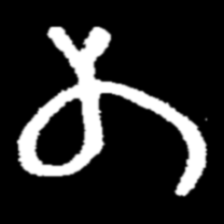
Pyu character \u2014 Myanmar letter: တ (romanized: ta)